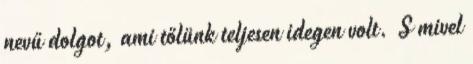
nevű dolgot, ami tőlünk teljesen idegen volt. S mivel